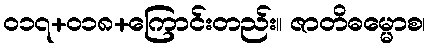
၀၁၇+၀၁၈+ကြောင်းတည်း။ ဇာတိဓမ္မောစ၊